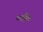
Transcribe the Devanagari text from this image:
वनड्रैगेन